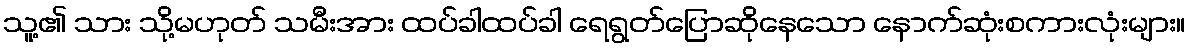
သူ့၏ သား သို့မဟုတ် သမီးအား ထပ်ခါထပ်ခါ ရေရွတ်ပြောဆိုနေသော နောက်ဆုံးစကားလုံးများ။